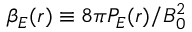
\beta _ { E } ( r ) \equiv 8 \pi P _ { E } ( r ) / B _ { 0 } ^ { 2 }